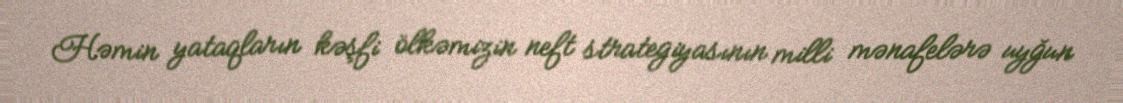
Həmin yataqların kəşfi ölkəmizin neft strategiyasının milli mənafelərə uyğun